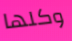
وكلها